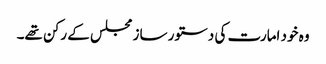
وہ خود امارت کی دستور ساز مجلس کے رکن تھے۔